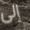
إلى